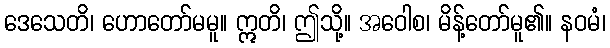
ဒေသေတိ၊ ဟောတော်မမူ။ ဣတိ၊ ဤသို့။ အဝေါစ၊ မိန့်တော်မူ၏။ နဝမံ၊